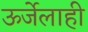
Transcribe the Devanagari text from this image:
ऊर्जेलाही